Indian journal of veterinary science and animal husbandry - Volumes 15-17, 1948-1951
Year: 1948
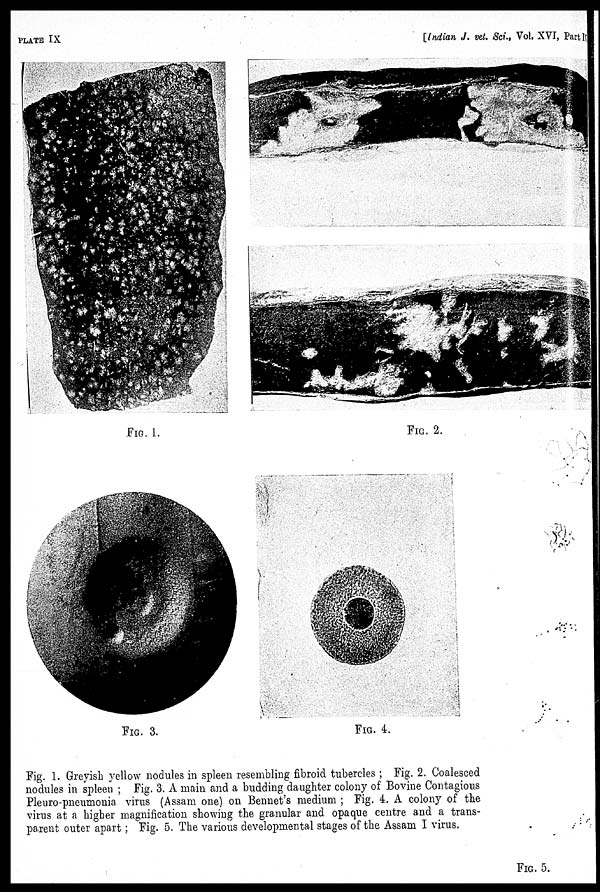
PLATE IX
[Indian J. vet. Sci., Vol. XVI, Part IV
FIG. 1.
FIG. 2.
FIG. 3.
FIG. 4.
Fig. 1. Greyish yellow nodules in spleen resembling fibroid tubercles; Fig. 2. Coalesced
nodules in spleen; Fig. 3. A main and a budding daughter colony of Bovine Contagious
Pleuro-pneumonia virus (Assam one) on Bennet's medium; Fig. 4. A colony of the
virus at a higher magnification showing the granular and opaque centre and a trans-
parent outer apart; Fig. 5. The various developmental stages of the Assam I virus.
FIG. 5.